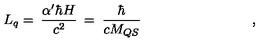
L _ { q } = \: \frac { \alpha ^ { \prime } \hbar H } { c ^ { 2 } } \: = \: \frac { \hbar } { c M _ { Q S } } \qquad \qquad \qquad \qquad ,